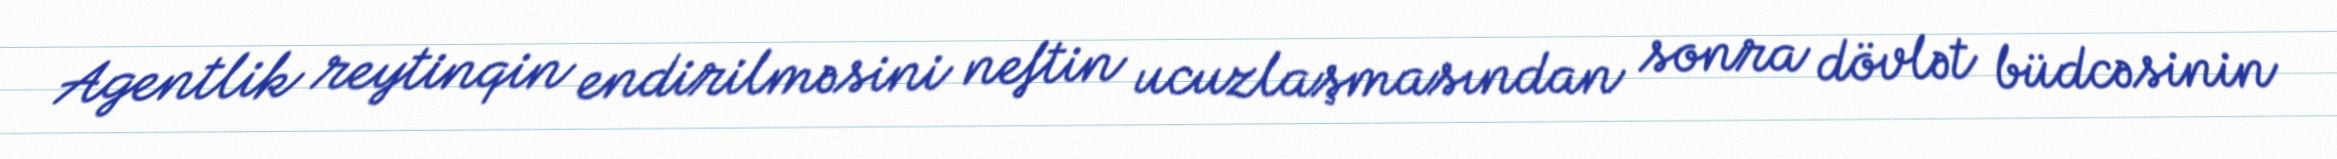
Agentlik reytinqin endirilməsini neftin ucuzlaşmasından sonra dövlət büdcəsinin